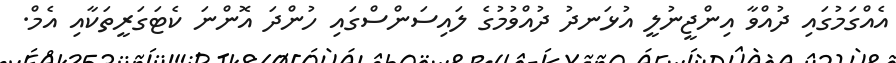
އެއްގަމުގައި ދުއްވާ އިންޖީނުލީ އުޅަނދު ދުއްވުމުގެ ލައިސަންސްގައި ހުންދަ އޮންނަ ކެޓަގަރީތަކާއި އެމް.